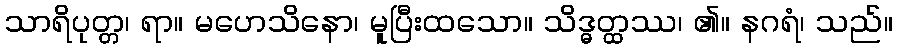
သာရိပုတ္တ၊ ရာ။ မဟေသိနော၊ မူပြီးထသော။ သိဒ္ဓတ္ထဿ၊ ၏။ နဂရံ၊ သည်။